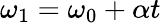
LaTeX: \omega_{1}=\omega_{0}+\alpha t